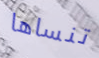
تنساها